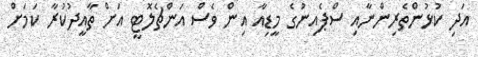
އަދި ކުޅުންތެރިންނާއި ސްޕެއިނުގެ މީޑިއާ އިން ވެސް އަންޗެލޮޓީ އަށް ތާއީދުކުރާ ކަމަށް